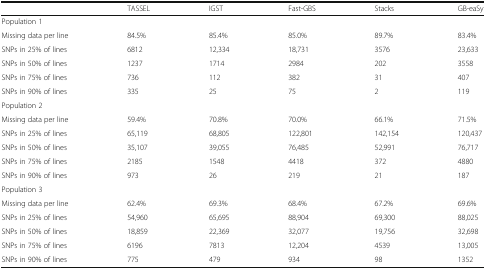
<table><thead><tr><td></td><td><b>TASSEL</b></td><td><b>IGST</b></td><td><b>Fast-GBS</b></td><td><b>Stacks</b></td><td><b>GB-eaSy</b></td></tr></thead><tbody><tr><td colspan="6">Population 1</td></tr><tr><td>Missing data per line</td><td>84.5%</td><td>85.4%</td><td>85.0%</td><td>89.7%</td><td>83.4%</td></tr><tr><td>SNPs in 25% of lines</td><td>6812</td><td>12,334</td><td>18,731</td><td>3576</td><td>23,633</td></tr><tr><td>SNPs in 50% of lines</td><td>1237</td><td>1714</td><td>2984</td><td>202</td><td>3558</td></tr><tr><td>SNPs in 75% of lines</td><td>736</td><td>112</td><td>382</td><td>31</td><td>407</td></tr><tr><td>SNPs in 90% of lines</td><td>335</td><td>25</td><td>75</td><td>2</td><td>119</td></tr><tr><td colspan="6">Population 2</td></tr><tr><td>Missing data per line</td><td>59.4%</td><td>70.8%</td><td>70.0%</td><td>66.1%</td><td>71.5%</td></tr><tr><td>SNPs in 25% of lines</td><td>65,119</td><td>68,805</td><td>122,801</td><td>142,154</td><td>120,437</td></tr><tr><td>SNPs in 50% of lines</td><td>35,107</td><td>39,055</td><td>76,485</td><td>52,991</td><td>76,717</td></tr><tr><td>SNPs in 75% of lines</td><td>2185</td><td>1548</td><td>4418</td><td>372</td><td>4880</td></tr><tr><td>SNPs in 90% of lines</td><td>973</td><td>26</td><td>219</td><td>21</td><td>187</td></tr><tr><td colspan="6">Population 3</td></tr><tr><td>Missing data per line</td><td>62.4%</td><td>69.3%</td><td>68.4%</td><td>67.2%</td><td>69.6%</td></tr><tr><td>SNPs in 25% of lines</td><td>54,960</td><td>65,695</td><td>88,904</td><td>69,300</td><td>88,025</td></tr><tr><td>SNPs in 50% of lines</td><td>18,859</td><td>22,369</td><td>32,077</td><td>19,756</td><td>32,698</td></tr><tr><td>SNPs in 75% of lines</td><td>6196</td><td>7813</td><td>12,204</td><td>4539</td><td>13,005</td></tr><tr><td>SNPs in 90% of lines</td><td>775</td><td>479</td><td>934</td><td>98</td><td>1352</td></tr></tbody></table>